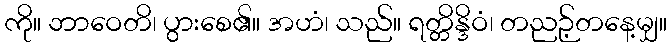
ကို။ ဘာဝေတိ၊ ပွားစေ၏။ အဟံ၊ သည်။ ရတ္တိန္ဒိဝံ၊ တညဉ့်တနေ့မျှ။